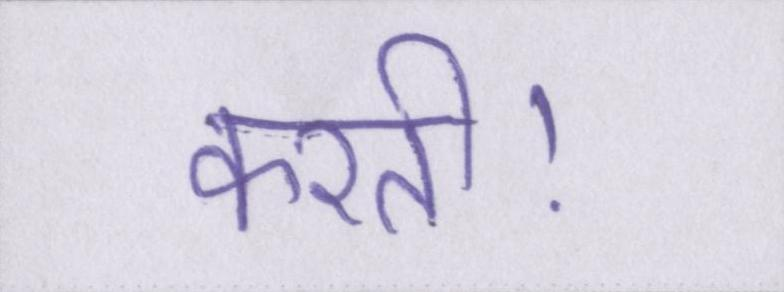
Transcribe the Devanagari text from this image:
करती।